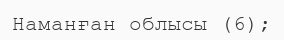
Наманған облысы (6);